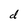
Character: d